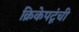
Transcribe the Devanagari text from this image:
क्रिकेपटूंची